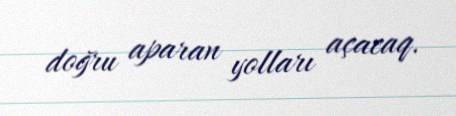
doğru aparan yolları açacaq.